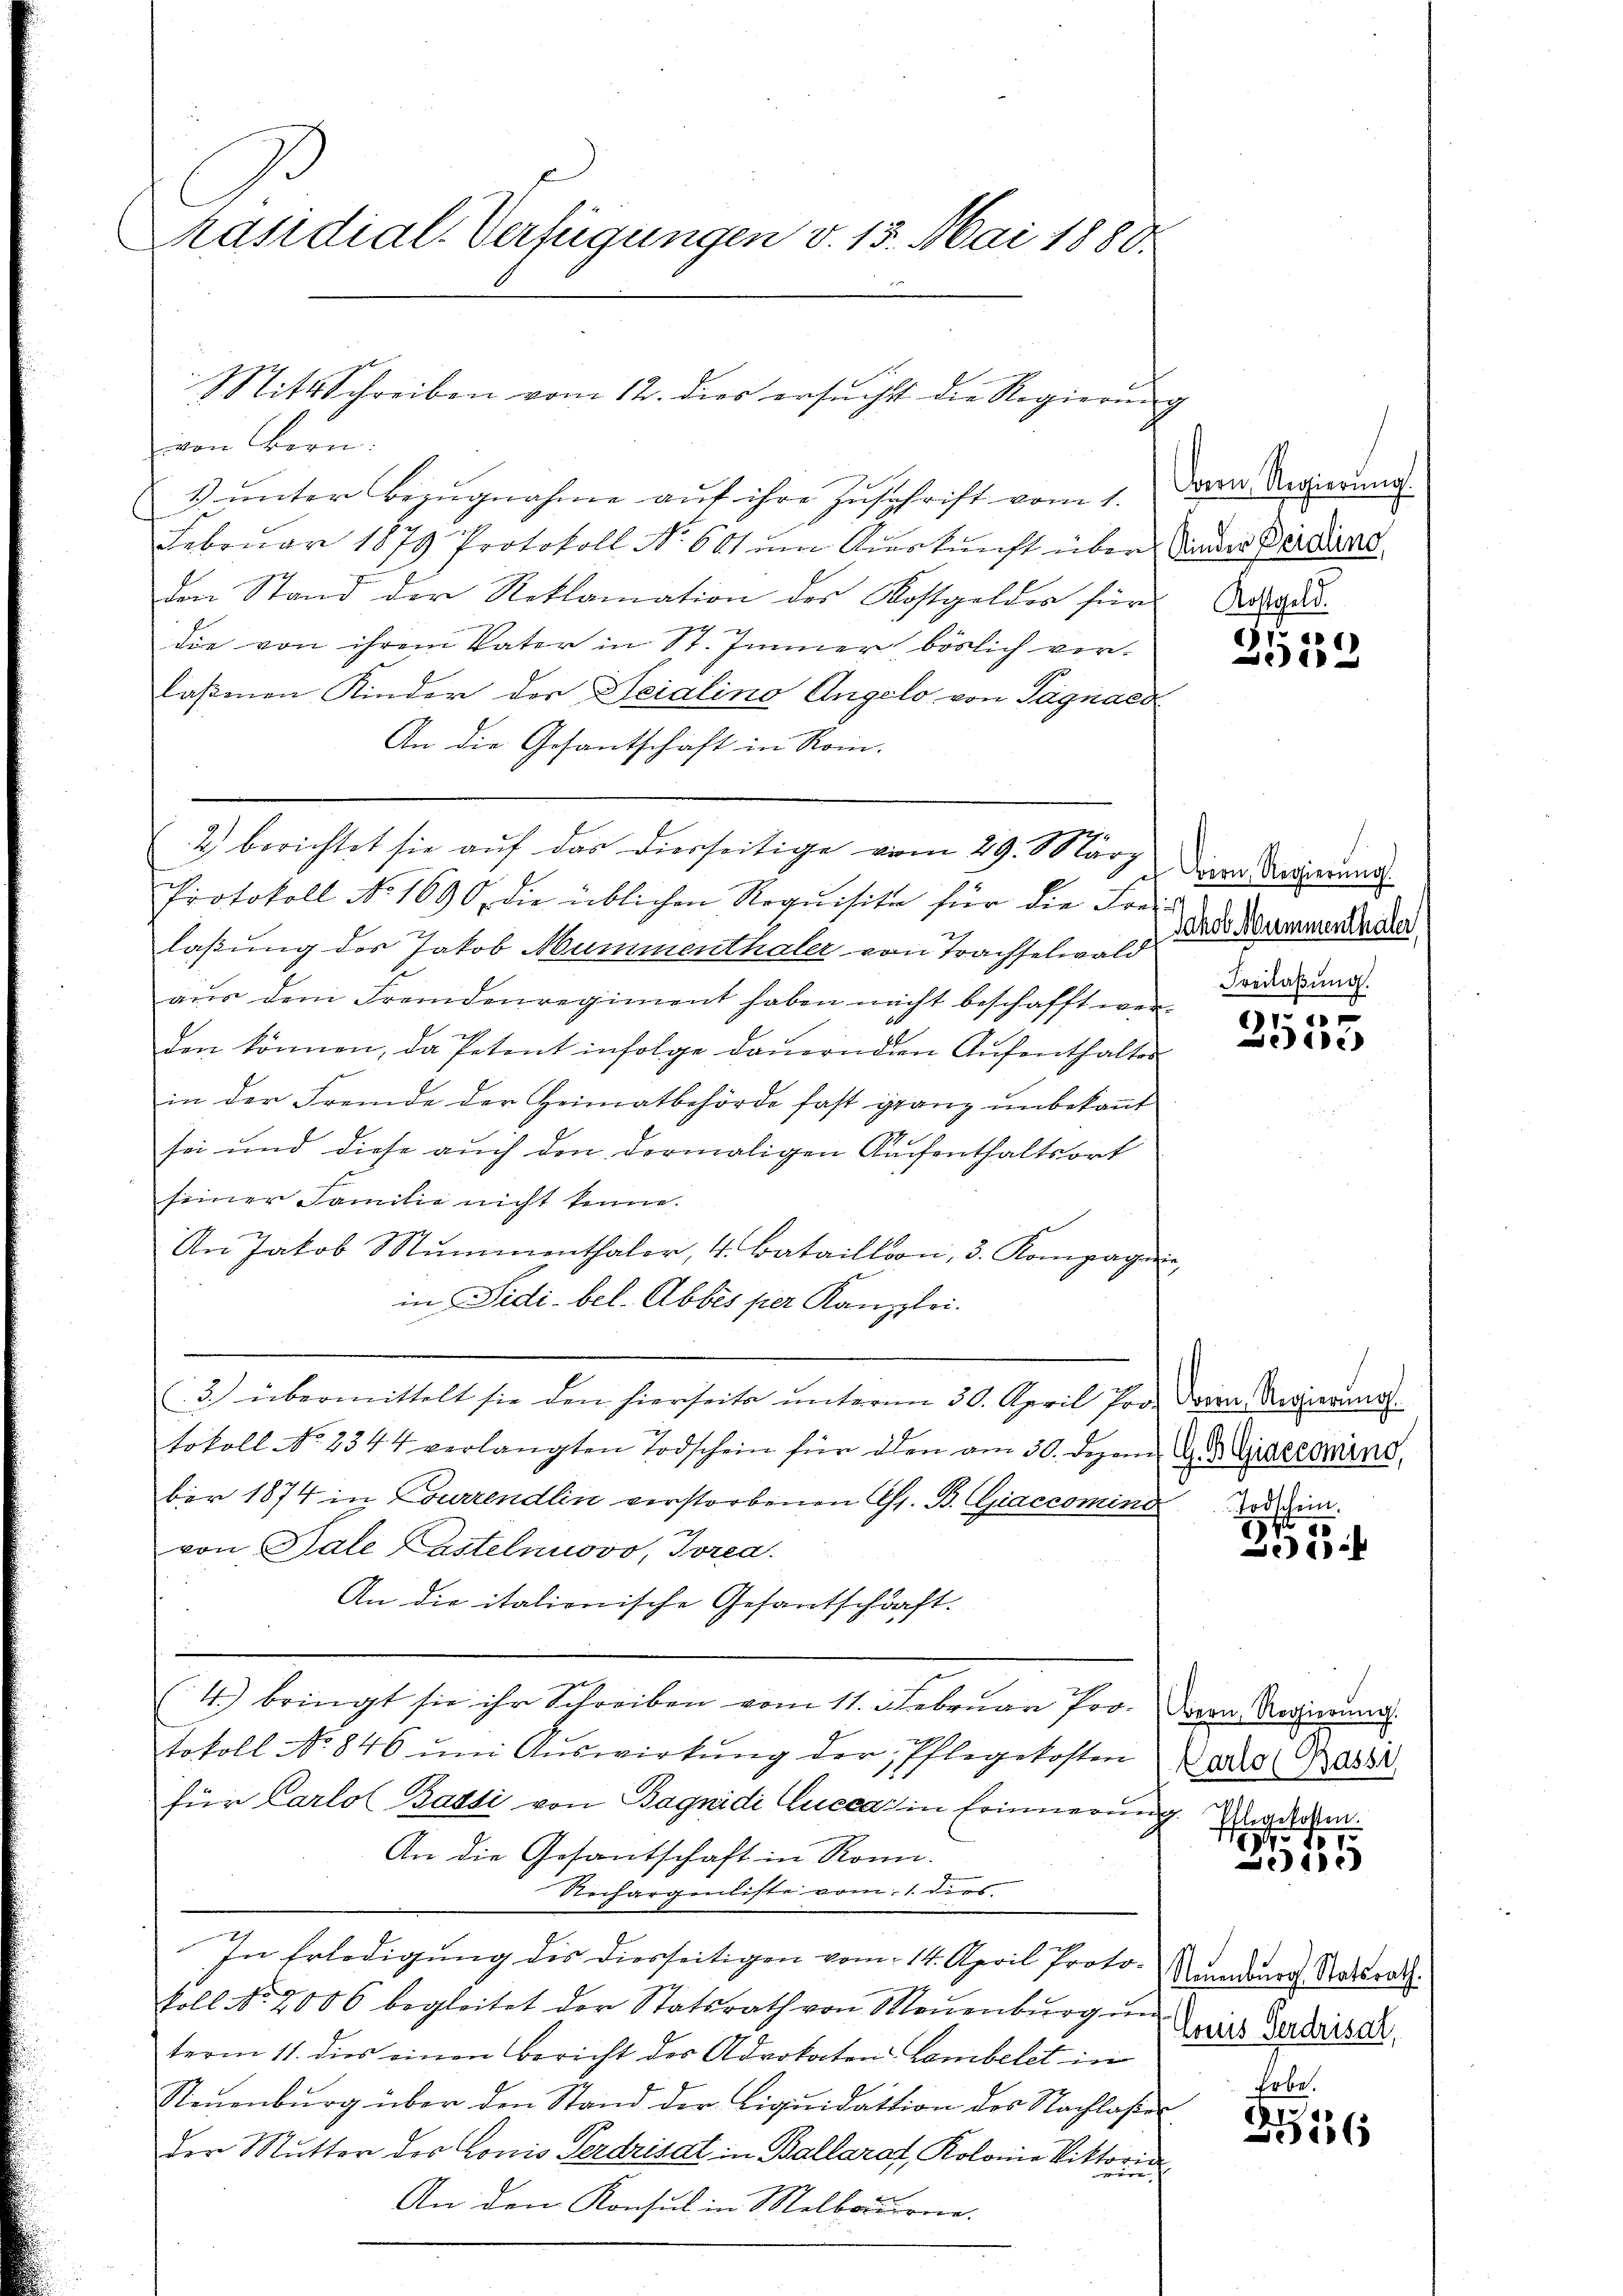
räsidial-Verfügungen v. 15. Mai 1880.

von Bern.
1) unter Bezugnahme auf ihre Zuschrift vom 1.
Februar 1879 Protokoll No 601 um Auskunft über der Beidend
Den Stand der Reklamation des Kostgeldes für
x
die von ihrem Vater in St. Imner böslich verlaßenen Kinder der Seialino Angelo von Tagnaes
An die Gesantschaft in Rom.
2) berichtet sie auf das diesseitige vom 29. März
Protokoll No 1690 die üblichen Requisite für die Kon-
laßung des Jakob Mummenthaler von Trachselwald
aus dem Fremdenregiment haben nacht beschafft werden können, da Petent infolge dauernden Aufenthalter
in der Fremde der Heimatbehörde fast granz unbekannt
sei und diese auch den dermaligen Auchenthaltsort
seiner Familie nicht könne.
An Jakob Mŭmmenthaler, 4 Batailloon, 3. Kompagnie,
in Sidi-bel. Abbes per Kanzlei.
(3.) übermittelt sie den hierseite ŭnterm 30. April Joo. Der Regierŭng.
tokoll No 2344 verlangten Todschein für den am 30. Dezem 19.  Giaccomino,
ber 1874 in Lourrendlin verstorbenen Ass. B. Giaccomino
von Sale Castelnuovo, Torea
An die italionische Gesantschaft.
(4) bringt sie ihr Schreiben vom 11. Februar Pro. Den Regierung
tokoll No 846 ŭm Aŭswirkung der Pflegekosten
für Carlot Basti von Bagnidi lucca in Erinnerung
An die Gesantschaft in Ronn.
Rechargenliste vom 1. ders.
In Erledigung des diesseitigen vom 14. April Protokoll No 2006 begleitet der Statsrath von Meṅenbŭrg ŭn
term 11. dies einen Bericht des Advokaten Lambelet in
Neŭenbŭrg über den Stand der Liquidation des Nachlasser
Der Mutter des Conis Verdrisat in Ballarat, Kolonia Viktoria
An den Konsul in Melboduirere.

Mit Schreiben vom 12. dies ersŭcht die Regierŭng

Bern, Regierung.
Kostgeld.

66)
1

Bion, Regierung.
Jakob Mummenthaler
Freilaßung.

f 10 x
e

Todschein

80
Beif

Carlo Bassi
Ehlegekosten.
44
145.

Biddic

Neuenburg. Statsrath.
Louis Serdrisat,
Erbe.

2416